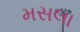
મસલા